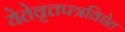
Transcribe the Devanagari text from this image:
येतेवृत्तपत्रविद्येत